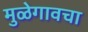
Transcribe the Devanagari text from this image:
मुळेगावचा